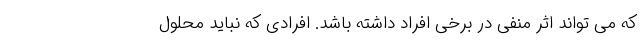
که می تواند اثر منفی در برخی افراد داشته باشد. افرادی که نباید محلول